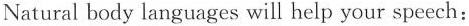
Natural body languages will help your speech: